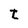
Character: t